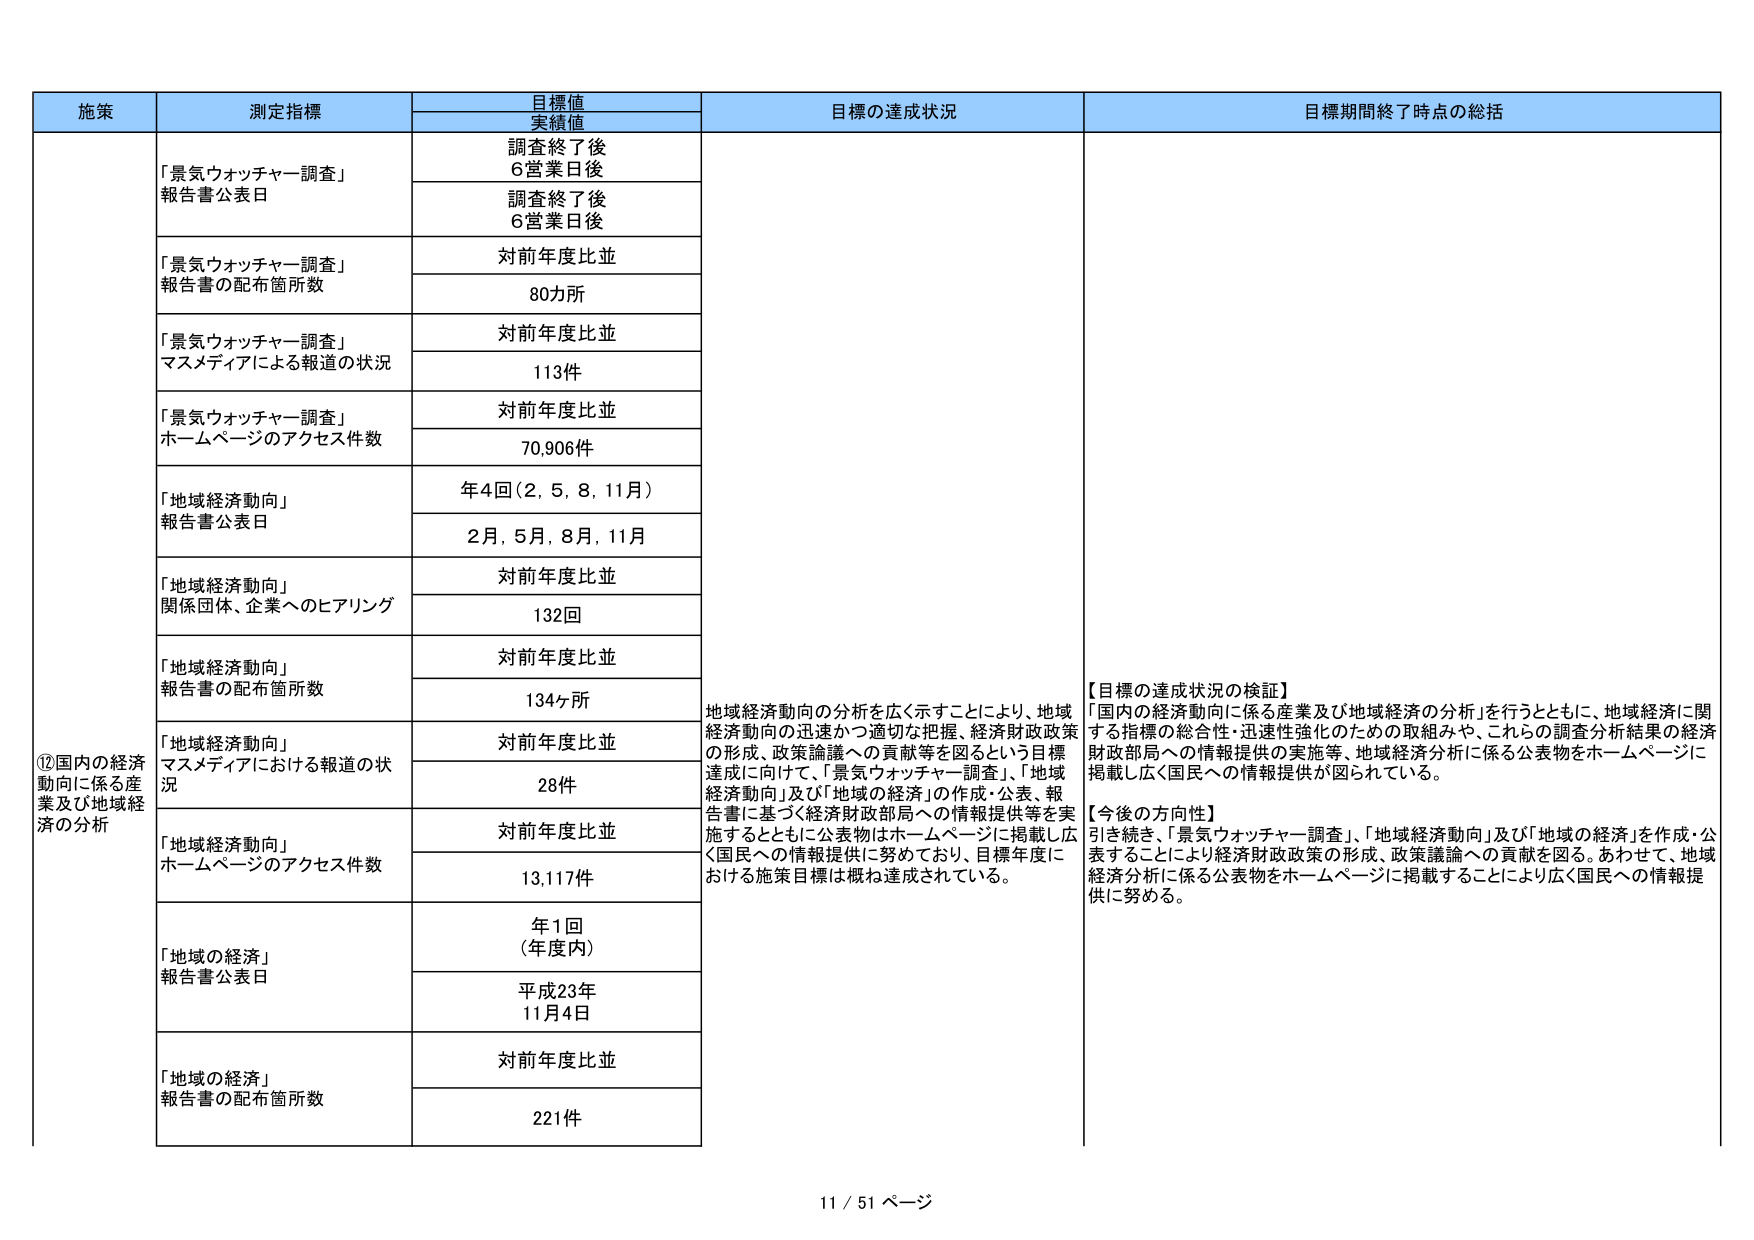
施策
測定指標
目標値
実績値
目標の達成状況
目標期間終了時点の総括

⑫国内の経済動向に係る産業及び地域経済の分析

「景気ウォッチャー調査」
報告書公表日
調査終了後
6営業日後
調査終了後
6営業日後

「景気ウォッチャー調査」
報告書の配布箇所数
対前年度比並
80カ所

「景気ウォッチャー調査」
マスメディアによる報道の状況
対前年度比並
113件

「景気ウォッチャー調査」
ホームページのアクセス件数
対前年度比並
70,906件

「地域経済動向」
報告書公表日
年4回（2，5，8，11月）
2月，5月，8月，11月

「地域経済動向」
関係団体、企業へのヒアリング
対前年度比並
132回

「地域経済動向」
報告書の配布箇所数
対前年度比並
134ヶ所

「地域経済動向」
マスメディアにおける報道の状況
対前年度比並
28件

「地域経済動向」
ホームページのアクセス件数
対前年度比並
13,117件

「地域の経済」
報告書公表日
年1回
（年度内）
平成23年
11月4日

「地域の経済」
報告書の配布箇所数
対前年度比並
221件

地域経済動向の分析を広く示すことにより、地域経済動向の迅速かつ適切な把握、経済財政政策の形成、政策論議への貢献等を図るという目標達成に向けて、「景気ウォッチャー調査」、「地域経済動向」及び「地域の経済」の作成・公表、報告書に基づく経済財政部局への情報提供等を実施するとともに公表物はホームページに掲載し広く国民への情報提供に努めており、目標年度における施策目標は概ね達成されている。

【目標の達成状況の検証】
「国内の経済動向に係る産業及び地域経済の分析」を行うとともに、地域経済に関する指標の総合性・迅速性強化のための取組みや、これらの調査分析結果の経済財政部局への情報提供の実施等、地域経済分析に係る公表物をホームページに掲載し広く国民への情報提供が図られている。

【今後の方針】
引き続き、「景気ウォッチャー調査」、「地域経済動向」及び「地域の経済」を作成・公表することにより経済財政政策の形成、政策議論への貢献を図る。あわせて、地域経済分析に係る公表物をホームページに掲載することにより広く国民への情報提供に努める。

11 / 51 ページ